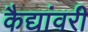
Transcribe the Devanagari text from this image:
कैद्यांवरी